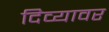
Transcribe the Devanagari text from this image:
दिव्यावर